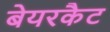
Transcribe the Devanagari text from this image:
बेयरकैट